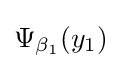
\Psi _{\beta _{1}}(y_{1})